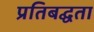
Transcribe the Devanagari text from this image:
प्रतिबद्घता